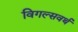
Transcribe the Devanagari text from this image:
विगल्सवर्थ